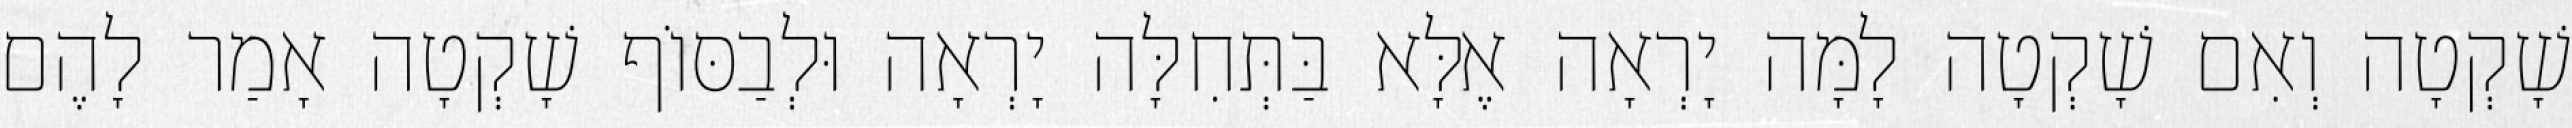
שָׁקְטָה וְאִם שָׁקְטָה לָמָּה יָרְאָה אֶלָּא בַּתְּחִלָּה יָרְאָה וּלְבַסּוֹף שָׁקְטָה אָמַר לָהֶם